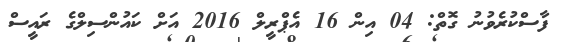
ފާސްކުރެވުނު ގޮތް: 04 އިން 16 އެޕްރީލް 2016 އަށް ކައުންސިލްގެ ރައީސް